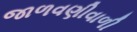
જાળવણીવાળી